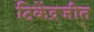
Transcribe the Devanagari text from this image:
टिकेंद्रजीत